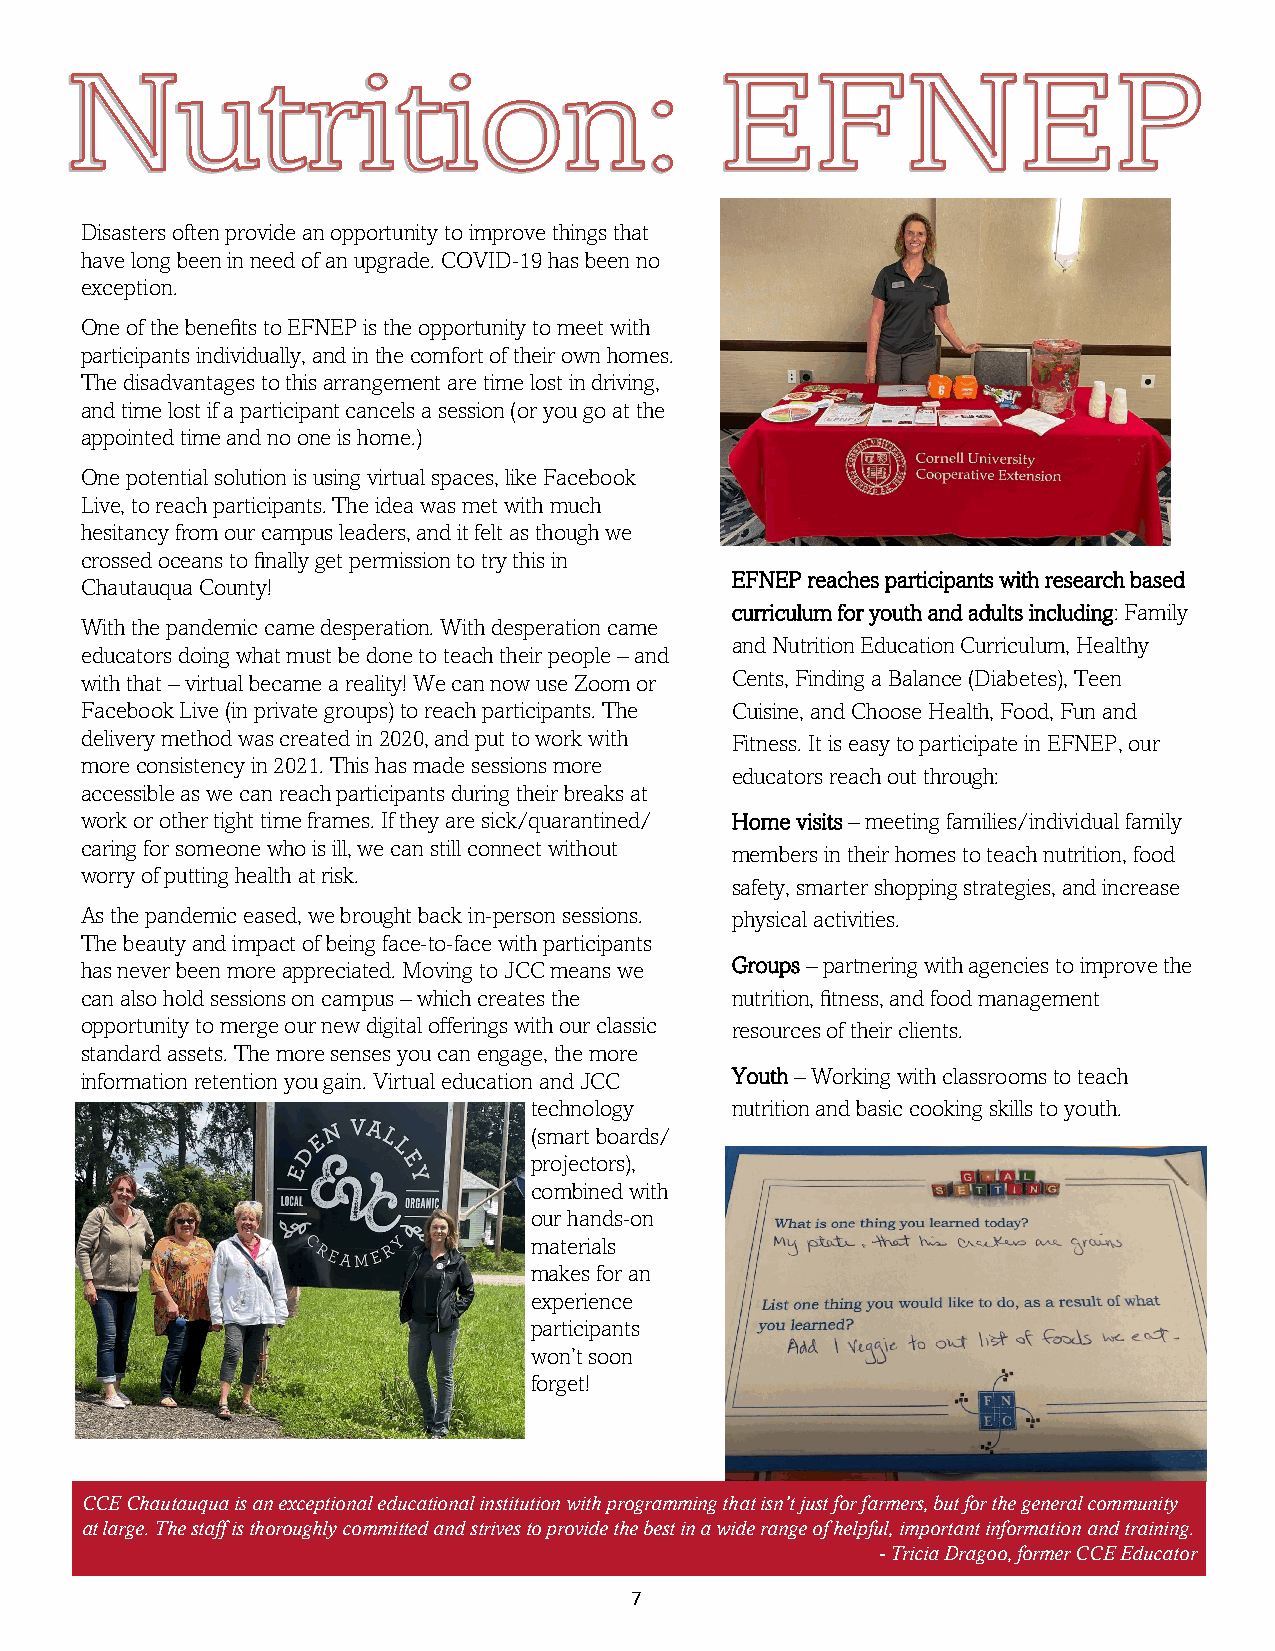
Disasters often provide an opportunity to improve things that
 have long been in need of an upgrade. COVID-19 has been no
 exception.
 One of the benefits to EFNEP is the opportunity to meet with
 participants individually, and in the comfort of their own homes.
 The disadvantages to this arrangement are time lost in driving,
 and time lost if a participant cancels a session (or you go at the
 appointed time and no one is home.)
 One potential solution is using virtual spaces, like Facebook
 Live, to reach participants. The idea was met with much
 hesitancy from our campus leaders, and it felt as though we
 crossed oceans to finally get permission to try this in
 EFNEP reaches participants with research based
 Chautauqua County!
 curriculum for youth and adults including: Family
 With the pandemic came desperation. With desperation came
 and Nutrition Education Curriculum, Healthy
 educators doing what must be done to teach their people – and
 with that – virtual became a reality! We can now use Zoom or Cents, Finding a Balance (Diabetes), Teen
 Facebook Live (in private groups) to reach participants. The Cuisine, and Choose Health, Food, Fun and
 delivery method was created in 2020, and put to work with Fitness. It is easy to participate in EFNEP, our
 more consistency in 2021. This has made sessions more
 educators reach out through:
 accessible as we can reach participants during their breaks at
 work or other tight time frames. If they are sick/quarantined/ Home visits – meeting families/individual family
 caring for someone who is ill, we can still connect without members in their homes to teach nutrition, food
 worry of putting health at risk.
 safety, smarter shopping strategies, and increase
 As the pandemic eased, we brought back in-person sessions. physical activities.
 The beauty and impact of being face-to-face with participants
 has never been more appreciated. Moving to JCC means we Groups – partnering with agencies to improve the
 can also hold sessions on campus – which creates the nutrition, fitness, and food management
 opportunity to merge our new digital offerings with our classic resources of their clients.
 standard assets. The more senses you can engage, the more
 information retention you gain. Virtual education and JCC Youth – Working with classrooms to teach
 technology   nutrition and basic cooking skills to youth.
 (smart boards/
 projectors),
 combined with
 our hands-on
 materials
 makes for an
 experience
 participants
 won’t soon
 forget!
 CCE Chautauqua is an exceptional educational institution with programming that isn’t just for farmers, but for the general community
 at large. The staff is thoroughly committed and strives to provide the best in a wide range of helpful, important information and training.
 - Tricia Dragoo, former CCE Educator
 7